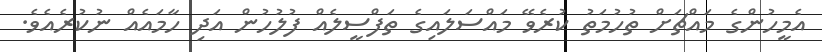
އެމީހުންގެ މައްޗަށް ތުހުމަތު ކުރެވޭ މައްސަލައިގެ ތަފްސީލެއް ފުލުހުން އަދި ހާމައެއް ނުކުރެއެވެ.